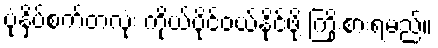
ပုံနှိပ်စက်တလုံး ကိုယ်ပိုင်ဝယ်နိုင်ဖို့ ကြိုးစားရမည်။